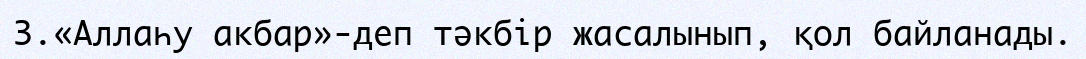
3.«Аллаһу акбар»-деп тәкбір жасалынып, қол байланады.